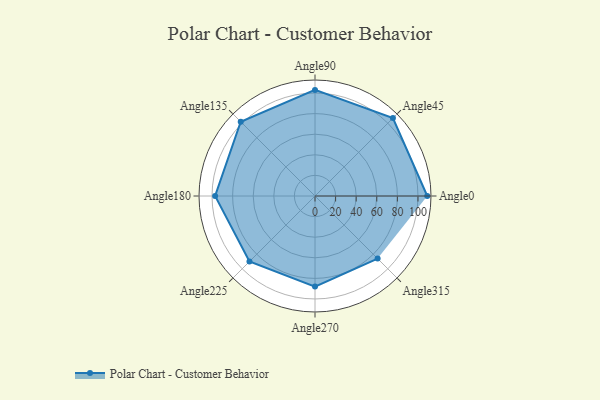
{"axis": {"x": "Angle", "y": "Radius"}, "legend": [""], "data": [{"x": "Angle0", "y": 109.0, "type": ""}, {"x": "Angle45", "y": 107.0, "type": ""}, {"x": "Angle90", "y": 103.0, "type": ""}, {"x": "Angle135", "y": 102.0, "type": ""}, {"x": "Angle180", "y": 97.0, "type": ""}, {"x": "Angle225", "y": 90.0, "type": ""}, {"x": "Angle270", "y": 88.0, "type": ""}, {"x": "Angle315", "y": 86.0, "type": ""}]}